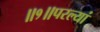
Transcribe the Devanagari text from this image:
॥१॥परल्यां